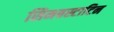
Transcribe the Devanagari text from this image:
सिमबस्टाटिन